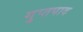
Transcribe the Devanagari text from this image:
गुप्तपाद